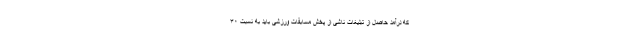
که درآمد حاصل از تبلیغات ناشی از پخش مسابقات ورزشی باید به نسبت ۳۰